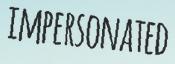
IMPERSONATED